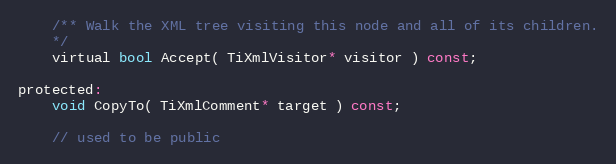
Language: C
	/** Walk the XML tree visiting this node and all of its children.
	*/
	virtual bool Accept( TiXmlVisitor* visitor ) const;

protected:
	void CopyTo( TiXmlComment* target ) const;

	// used to be public